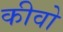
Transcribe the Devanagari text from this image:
कीवो